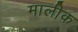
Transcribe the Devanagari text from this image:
मालीक